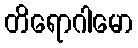
တိရောဂါမော